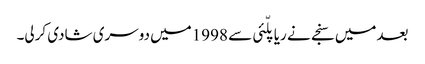
بعدمیں سنجے نے ریاپلّئی سے 1998میں دوسری شادی کرلی۔